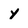
Character: y